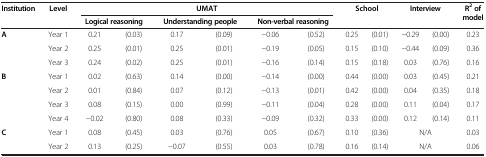
<table><thead><tr><td rowspan="2"><b>Institution</b></td><td rowspan="2"><b>Level</b></td><td colspan="6"><b>UMAT</b></td><td rowspan="2" colspan="2"><b>School</b></td><td rowspan="2" colspan="2"><b>Interview</b></td><td rowspan="2"><b>R<sup>2 </sup>of model</b></td></tr><tr><td colspan="2"><b>Logical reasoning</b></td><td colspan="2"><b>Understanding people</b></td><td colspan="2"><b>Non-verbal reasoning</b></td></tr></thead><tbody><tr><td rowspan="3"><b>A</b></td><td>Year 1</td><td>0.21</td><td>(0.03)</td><td>0.17</td><td>(0.09)</td><td>−0.06</td><td>(0.52)</td><td>0.25</td><td>(0.01)</td><td>−0.29</td><td>(0.00)</td><td>0.23</td></tr><tr><td>Year 2</td><td>0.25</td><td>(0.01)</td><td>0.25</td><td>(0.01)</td><td>−0.19</td><td>(0.05)</td><td>0.15</td><td>(0.10)</td><td>−0.44</td><td>(0.09)</td><td>0.36</td></tr><tr><td>Year 3</td><td>0.24</td><td>(0.02)</td><td>0.25</td><td>(0.01)</td><td>−0.16</td><td>(0.14)</td><td>0.15</td><td>(0.18)</td><td>0.03</td><td>(0.76)</td><td>0.16</td></tr><tr><td rowspan="4"><b>B</b></td><td>Year 1</td><td>0.02</td><td>(0.63)</td><td>0.14</td><td>(0.00)</td><td>−0.14</td><td>(0.00)</td><td>0.44</td><td>(0.00)</td><td>0.03</td><td>(0.45)</td><td>0.21</td></tr><tr><td>Year 2</td><td>0.01</td><td>(0.84)</td><td>0.07</td><td>(0.12)</td><td>−0.13</td><td>(0.01)</td><td>0.42</td><td>(0.00)</td><td>0.04</td><td>(0.35)</td><td>0.18</td></tr><tr><td>Year 3</td><td>0.08</td><td>(0.15)</td><td>0.00</td><td>(0.99)</td><td>−0.11</td><td>(0.04)</td><td>0.28</td><td>(0.00)</td><td>0.11</td><td>(0.04)</td><td>0.17</td></tr><tr><td>Year 4</td><td>−0.02</td><td>(0.80)</td><td>0.08</td><td>(0.33)</td><td>−0.09</td><td>(0.32)</td><td>0.33</td><td>(0.00)</td><td>0.12</td><td>(0.14)</td><td>0.11</td></tr><tr><td rowspan="2"><b>C</b></td><td>Year 1</td><td>0.08</td><td>(0.45)</td><td>0.03</td><td>(0.76)</td><td>0.05</td><td>(0.67)</td><td>0.10</td><td>(0.36)</td><td colspan="2">N/A</td><td>0.03</td></tr><tr><td>Year 2</td><td>0.13</td><td>(0.25)</td><td>−0.07</td><td>(0.55)</td><td>0.03</td><td>(0.78)</td><td>0.16</td><td>(0.14)</td><td colspan="2">N/A</td><td>0.06</td></tr></tbody></table>